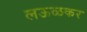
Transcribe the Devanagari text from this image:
लऊळकर